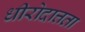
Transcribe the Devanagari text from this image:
धीरोदात्तता